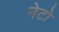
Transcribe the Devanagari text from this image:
नेटो